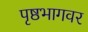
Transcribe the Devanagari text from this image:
पृष्ठभागवर